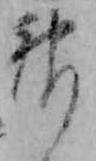
神